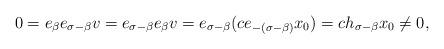
LaTeX: \begin{align*}0 = e_\beta e_{\sigma - \beta} v = e_{\sigma - \beta} e_\beta v = e_{\sigma - \beta} (c e_{-(\sigma - \beta)}x_0) = c h_{\sigma - \beta} x_0 \ne 0,\end{align*}